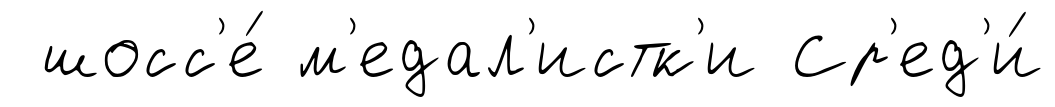
шосс'е́ м'едал'истк'и Ср'ед'и́